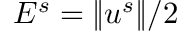
E ^ { s } = \| u ^ { s } \| / 2